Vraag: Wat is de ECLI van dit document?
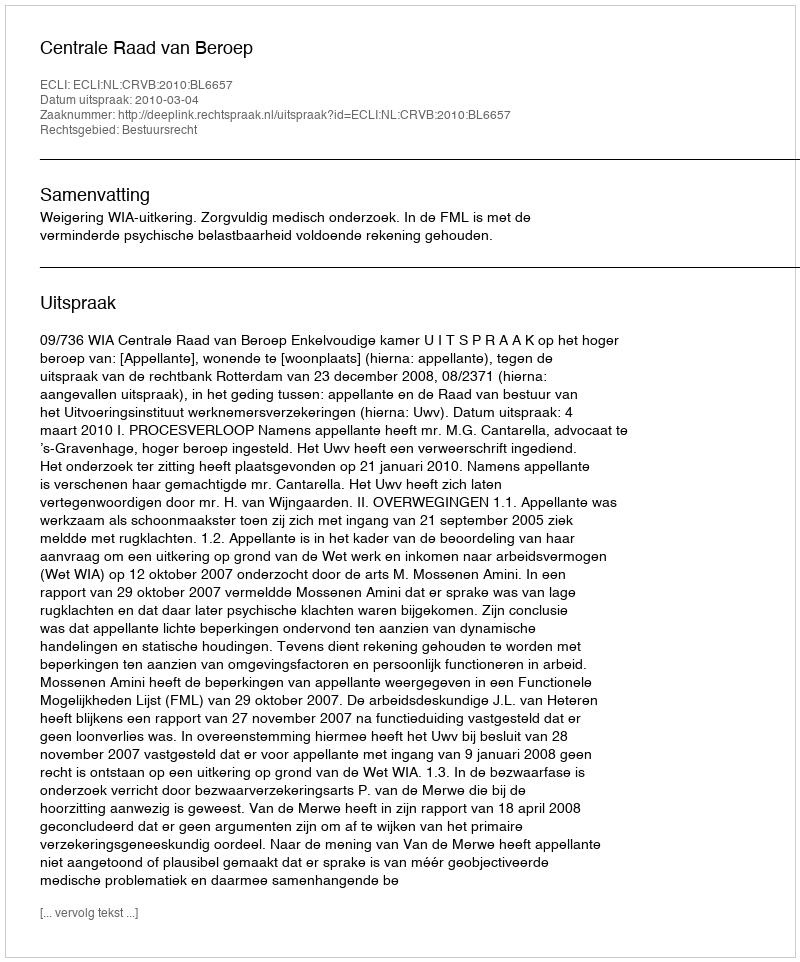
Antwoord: ECLI:NL:CRVB:2010:BL6657